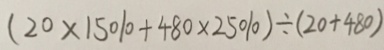
( 2 0 \times 1 5 \% + 4 8 0 \times 2 5 \% ) \div ( 2 0 + 4 8 0 )